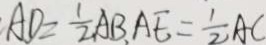
A D = \frac { 1 } { 2 } A B , A E = \frac { 1 } { 2 } A C